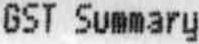
GST SUMMARY